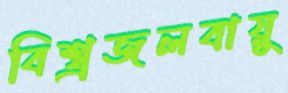
বিশ্ব্রজলবায়ু